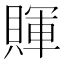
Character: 賱